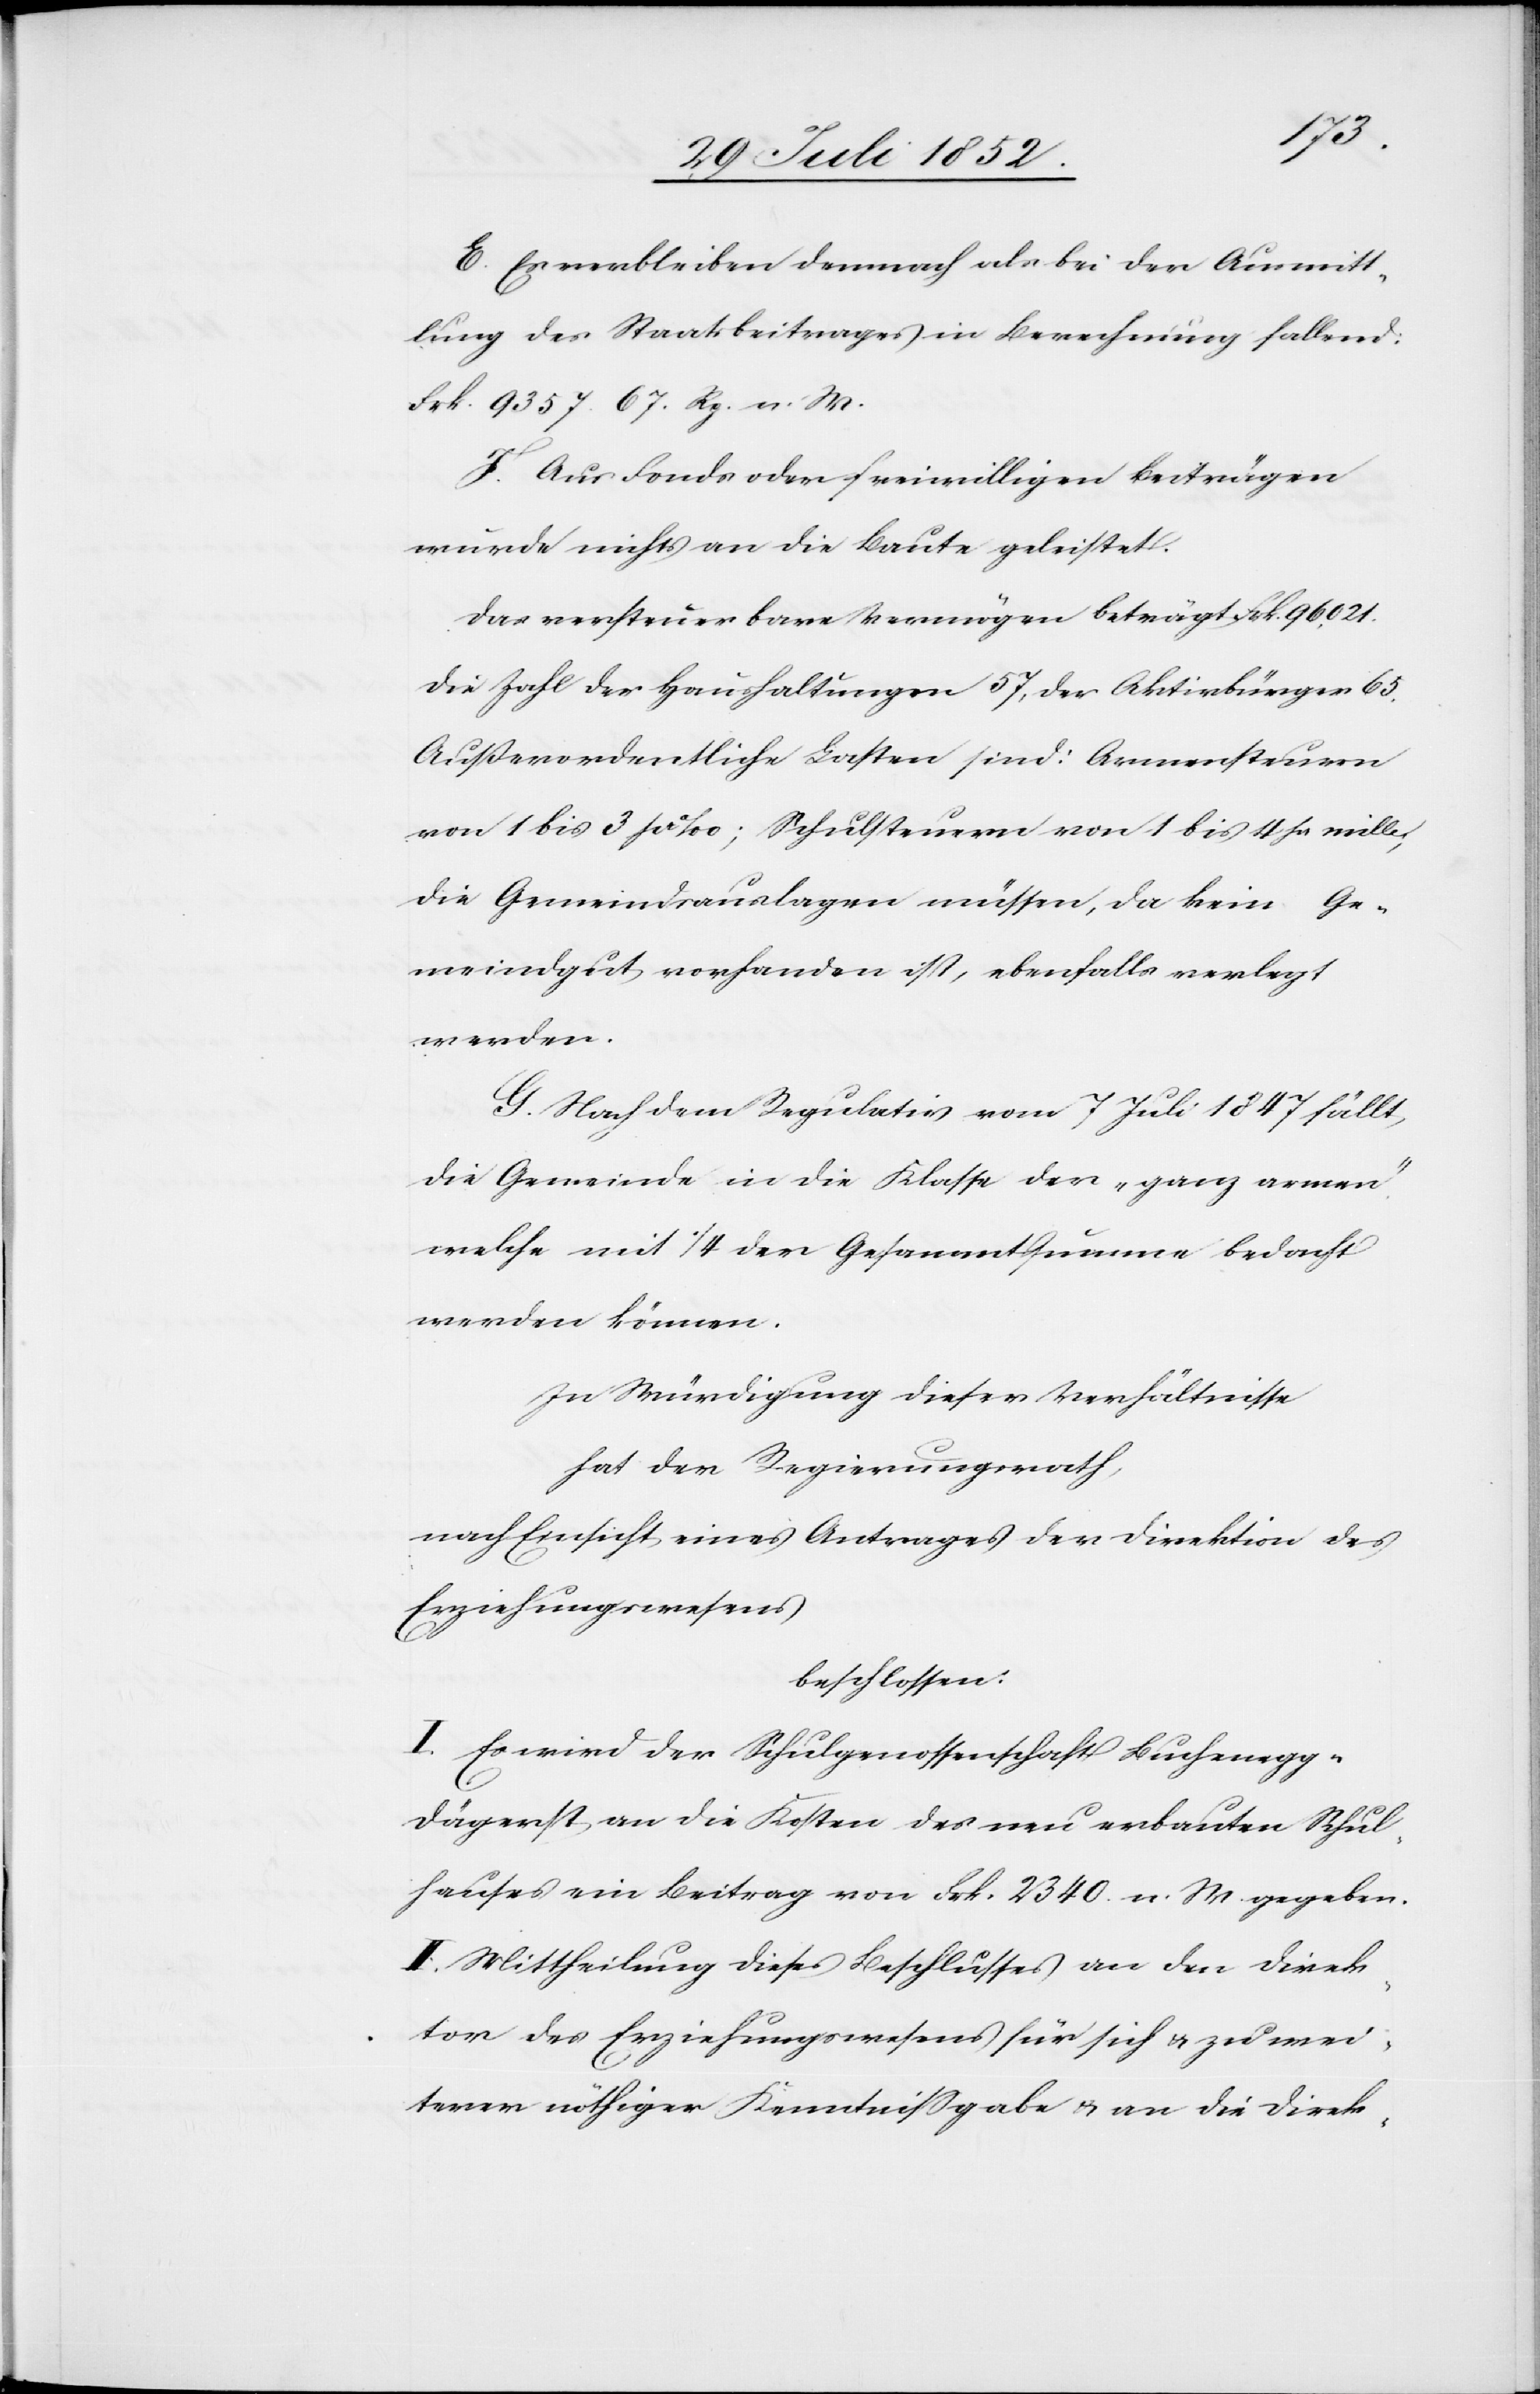
E. Es verbleiben demnach als bei der Ausmitt¬
lung des Staatsbeitrages in Berechnung fallend:
Frk. 9357. 67. Rp. n. W.
F. Aus Fonds oder freiwilligen Beiträgen
wurde nichts an die Baute geleistet.
Das versteuerbare Vermögen beträgt Frk. 96,021.
die Zahl der Haushaltungen 57, der Aktivbürger 65.
Außerordentliche Lasten sind: Armensteuern
von 1 bis 3 pr ‰; Schulsteuern von 1 bis 4 pr mille;
die Gemeindsauslagen müssen, da kein Ge¬
meindgut vorhanden ist, ebenfalls verlegt
werden.
G. Nach dem Regulativ vom 7 Juli 1847 fällt
die Gemeinde in die Klasse der „ganz armen“,
welche mit 1/4 der Gesammtsumme bedacht
werden können.
In Würdigung dieser Verhältnisse
hat der Regierungsrath,
nach Einsicht eines Antrages der Direktion des
Erziehungswesens
beschlossen:
I. Es wird der Schulgenossenschaft Buchenegg-D¬
ägerst an die Kosten des neu erbauten Schul¬
hauses ein Beitrag von Frk. 2340. n. W. gegeben.
II. Mittheilung dieses Beschlusses an den Direk¬
tor des Erziehungswesens für sich & zu wei¬
terer nöthiger Kenntnissgabe & an die Direk-